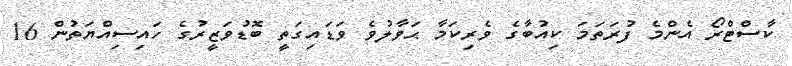
ކާސްޓްރޯ އެންމެ ފުރަތަމަ ކިއުބާގެ ވެރިކަމާ ޙަވާލުވެ ވަޑައިގަތީ ބޮޑުވަޒީރުގެ ހައިސިއްޔަތުން 16